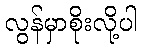
လွန်မှာစိုးလို့ပါ